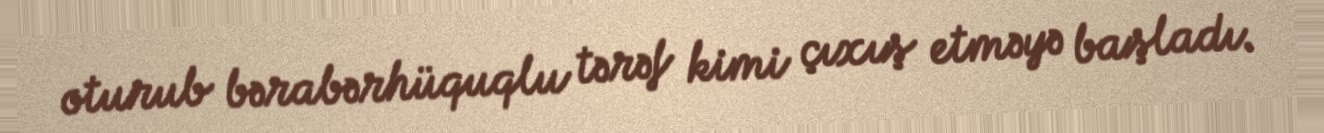
oturub bərabərhüquqlu tərəf kimi çıxış etməyə başladı.